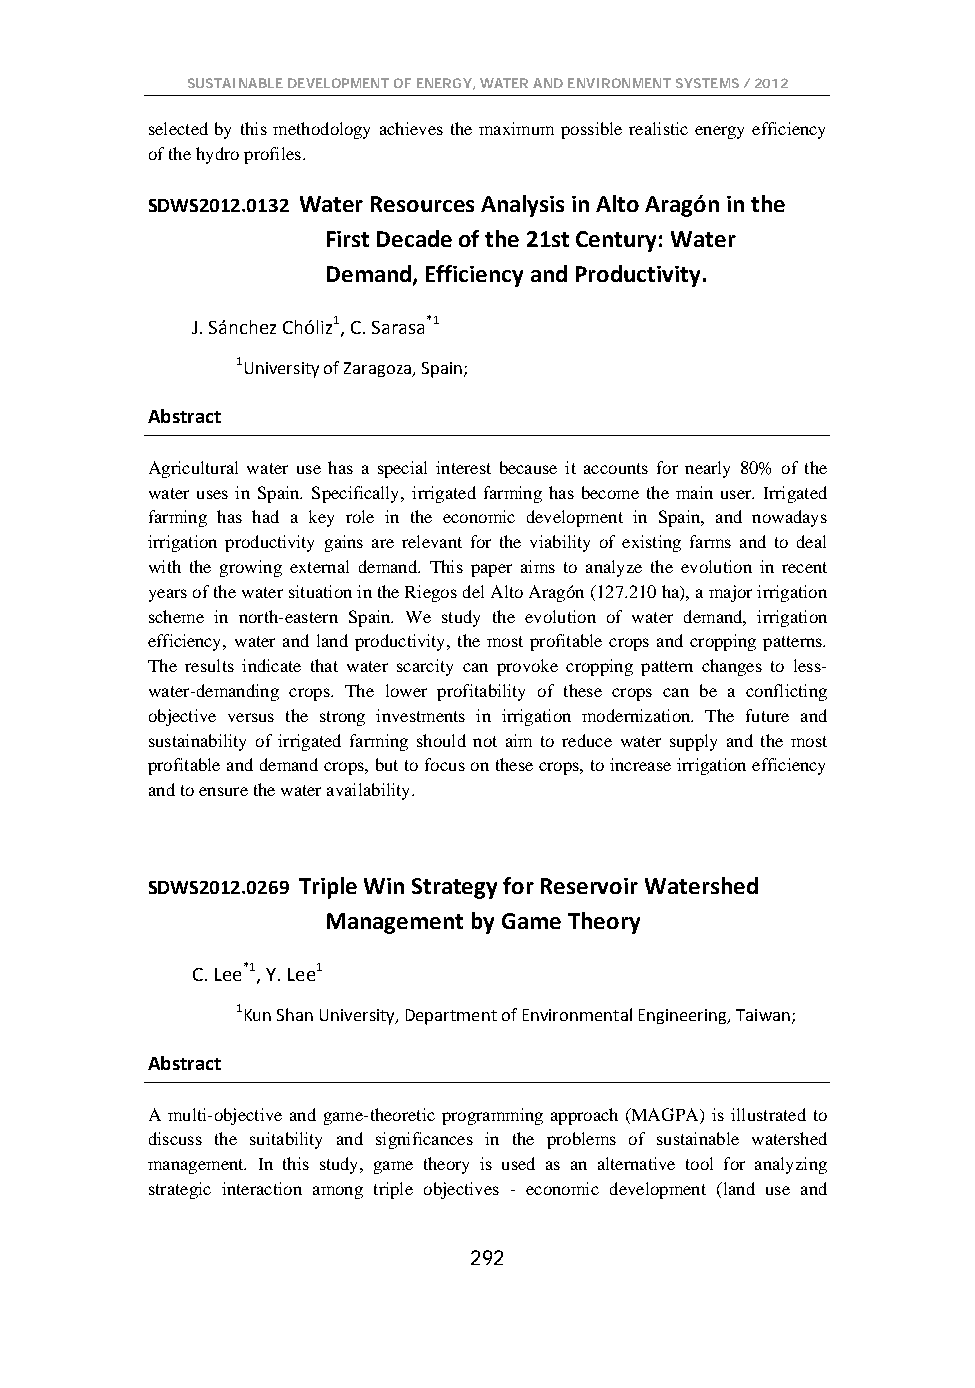
SUSTAINABLE DEVELOPMENT OF ENERGY, WATER AND ENVIRONMENT SYSTEMS / 2012
 selected by this methodology achieves the maximum possible realistic energy efficiency
 of the hydro profiles.
 SDWS2012.0132 Water Resources Analysis in Alto Aragón in the
 First Decade of the 21st Century: Water
 Demand, Efficiency and Productivity.
 J. Sánchez Chóliz1, C. Sarasa*1
 1University of Zaragoza, Spain;
 Abstract
 Agricultural water use has a special interest because it accounts for nearly 80% of the
 water uses in Spain. Specifically, irrigated farming has become the main user. Irrigated
 farming has had a key role in the economic development in Spain, and nowadays
 irrigation productivity gains are relevant for the viability of existing farms and to deal
 with the growing external demand. This paper aims to analyze the evolution in recent
 years of the water situation in the Riegos del Alto Aragón (127.210 ha), a major irrigation
 scheme in north-eastern Spain. We study the evolution of water demand, irrigation
 efficiency, water and land productivity, the most profitable crops and cropping patterns.
 The results indicate that water scarcity can provoke cropping pattern changes to less-
 water-demanding crops. The lower profitability of these crops can be a conflicting
 objective versus the strong investments in irrigation modernization. The future and
 sustainability of irrigated farming should not aim to reduce water supply and the most
 profitable and demand crops, but to focus on these crops, to increase irrigation efficiency
 and to ensure the water availability.
 SDWS2012.0269 Triple Win Strategy for Reservoir Watershed
 Management by Game Theory
 C. Lee*1, Y. Lee1
 1Kun Shan University, Department of Environmental Engineering, Taiwan;
 Abstract
 A multi-objective and game-theoretic programming approach (MAGPA) is illustrated to
 discuss the suitability and significances in the problems of sustainable watershed
 management. In this study, game theory is used as an alternative tool for analyzing
 strategic interaction among triple objectives - economic development (land use and
 292